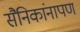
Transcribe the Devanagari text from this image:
सैनिकांनापण